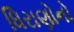
ધિરાણોનો